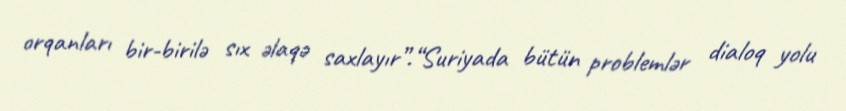
orqanları bir-birilə sıx əlaqə saxlayır”.“Suriyada bütün problemlər dialoq yolu